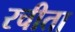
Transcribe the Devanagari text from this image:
रचीता